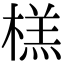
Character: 榚